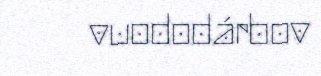
vuododárbov